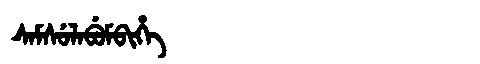
Manchu: ᠰᠠᠮᠰᡠᠯᠠᠪᡠᠮᠪᡳᡥᡝ
Romanization: SAMSULABUMBIHE